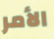
الأمر